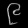
Digit: ၉